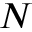
N